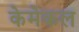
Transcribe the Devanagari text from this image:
केमेकल